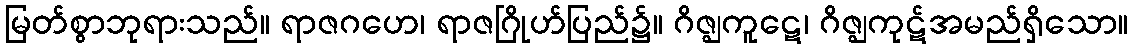
မြတ်စွာဘုရားသည်။ ရာဇဂဟေ၊ ရာဇဂြိုဟ်ပြည်၌။ ဂိဇ္ဈကူဋေ၊ ဂိဇ္ဈကုဋ်အမည်ရှိသော။